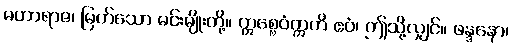
မဟာရာဇ၊ မြတ်သော မင်းမျိုးတို့။ ဣစ္စေဝံဣတိ ဧဝံ၊ ဤသို့လျှင်။ ဖန္ဒနော၊